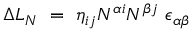
\Delta { \cal L } _ { N } ~ = ~ \eta _ { i j } N ^ { \alpha i } N ^ { \beta j } ~ \epsilon _ { \alpha \beta }